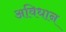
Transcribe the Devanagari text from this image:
अविधान